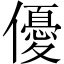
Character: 優